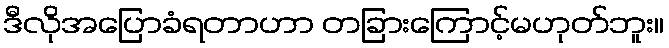
ဒီလိုအပြောခံရတာဟာ တခြားကြောင့်မဟုတ်ဘူး။